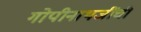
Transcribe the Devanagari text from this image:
गोपीनाथजींची